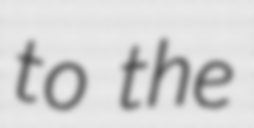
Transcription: to the